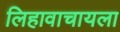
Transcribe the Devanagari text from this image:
लिहावाचायला